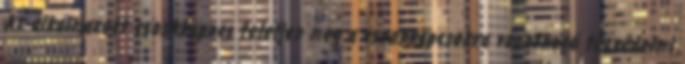
Az alkalmazott csonkkapocs feleljen meg a csonkkapcsokra vonatkozó tûzvédelmi